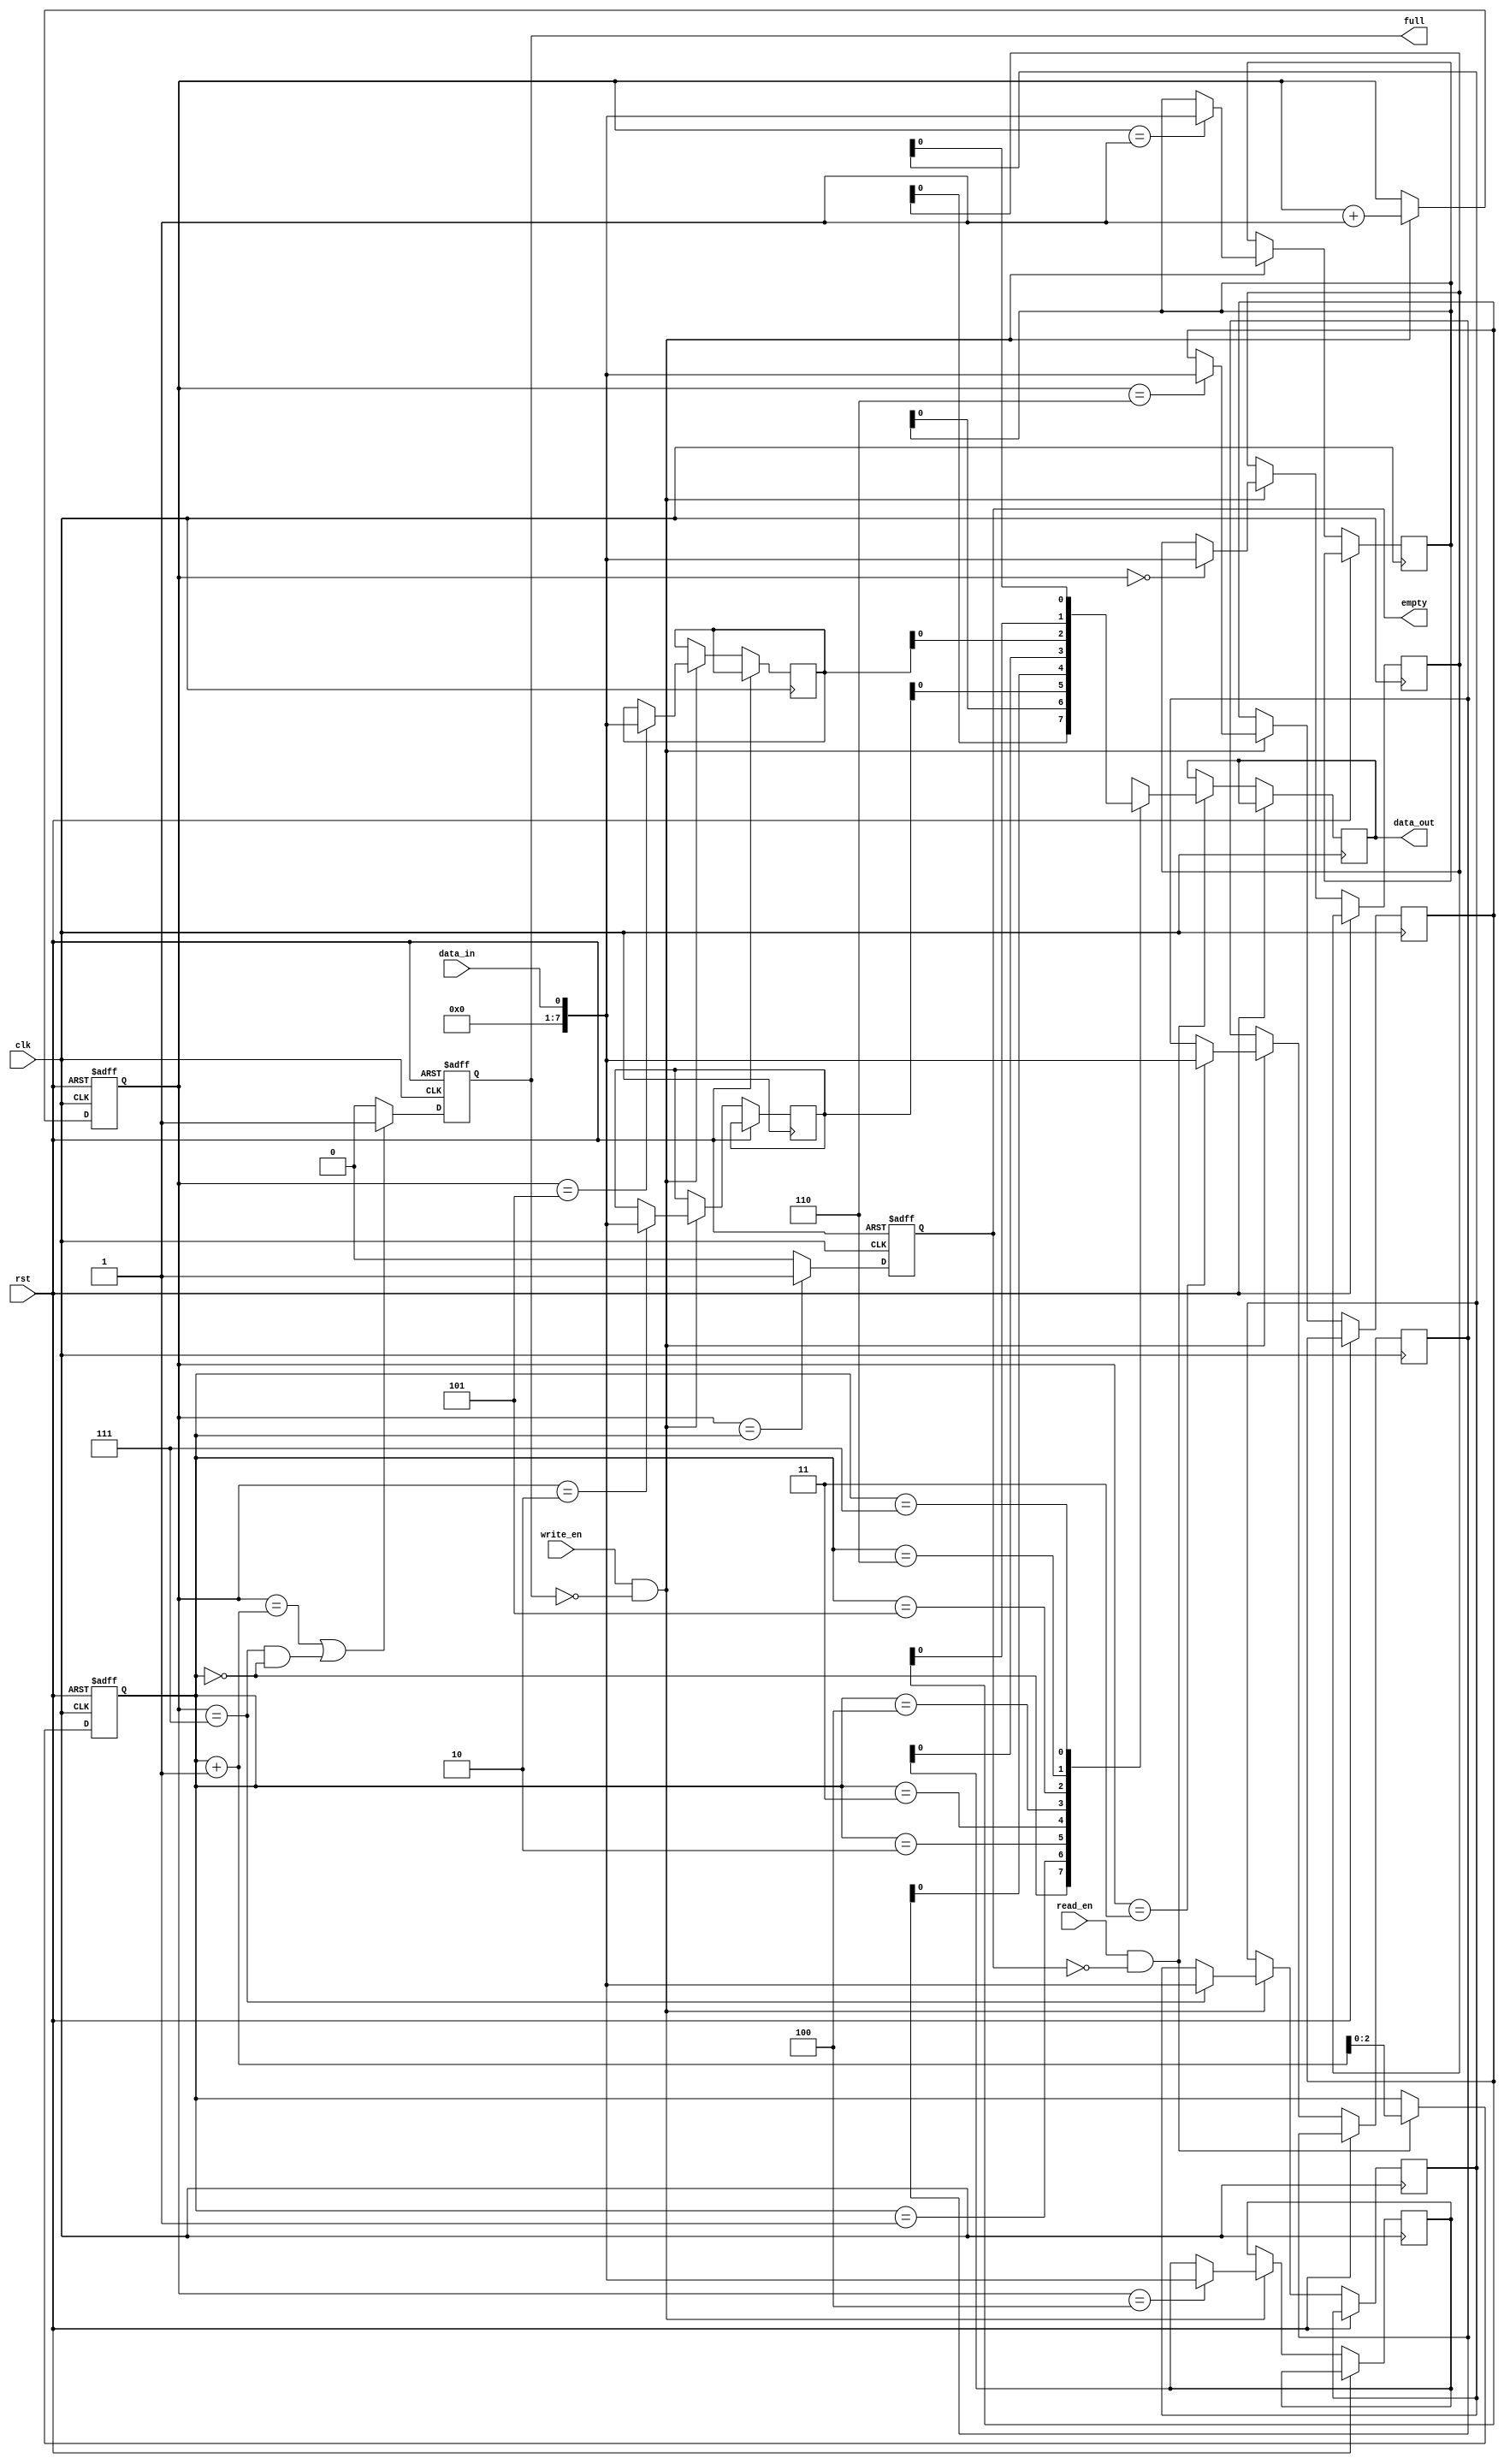
module bidirectional_fifo (
    input wire clk,
    input wire rst,
    input wire data_in,
    input wire write_en,
    input wire read_en,
    output wire data_out,
    output reg full,
    output reg empty
);

reg [7:0] fifo [0:7]; // 8-byte FIFO
reg [2:0] write_ptr;
reg [2:0] read_ptr;

always @ (posedge clk or posedge rst) begin
    if (rst) begin
        write_ptr <= 3'b000;
        read_ptr <= 3'b000;
        full <= 1'b0;
        empty <= 1'b1;
    end else begin
        if (write_en && !full) begin
            fifo[write_ptr] <= data_in;
            write_ptr <= write_ptr + 1;
        end
        
        if (read_en && !empty) begin
            data_out <= fifo[read_ptr];
            read_ptr <= read_ptr + 1;
        end
        
        if (write_ptr == read_ptr)
            empty <= 1'b1;
        else
            empty <= 1'b0;
        
        if (write_ptr == read_ptr + 1 || (write_ptr == 3'b111 && read_ptr == 3'b000))
            full <= 1'b1;
        else
            full <= 1'b0;
    end
end

endmodule